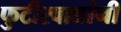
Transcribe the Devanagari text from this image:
फुटीरवाद्यांनी